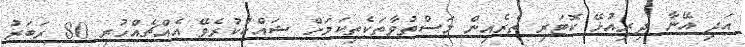
އަދި އޭނާ ދިރިއުޅޭ ކޮޓަރި ތެރެއިން މަސްތުވާތަކެތިކަމަށް ޝައްކުކުރެވޭ އެއްޗެއްހުރި 80 ރަބަރު